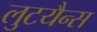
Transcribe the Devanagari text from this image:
लुटयैन्स